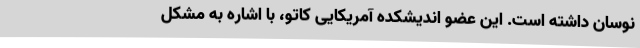
نوسان داشته است. این عضو اندیشکده آمریکایی کاتو، با اشاره به مشکل